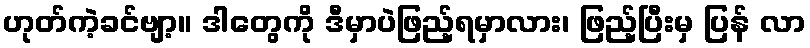
ဟုတ်ကဲ့ခင်ဗျာ့။ ဒါတွေကို ဒီမှာပဲဖြည့်ရမှာလား၊ ဖြည့်ပြီးမှ ပြန် လာ